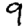
Digit: 9